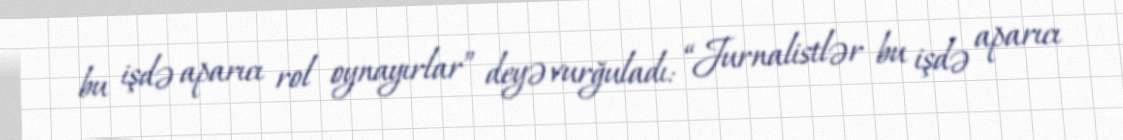
bu işdə aparıcı rol oynayırlar” deyə vurğuladı: “Jurnalistlər bu işdə aparıcı